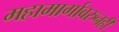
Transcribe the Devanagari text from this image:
महामार्गावरुनही